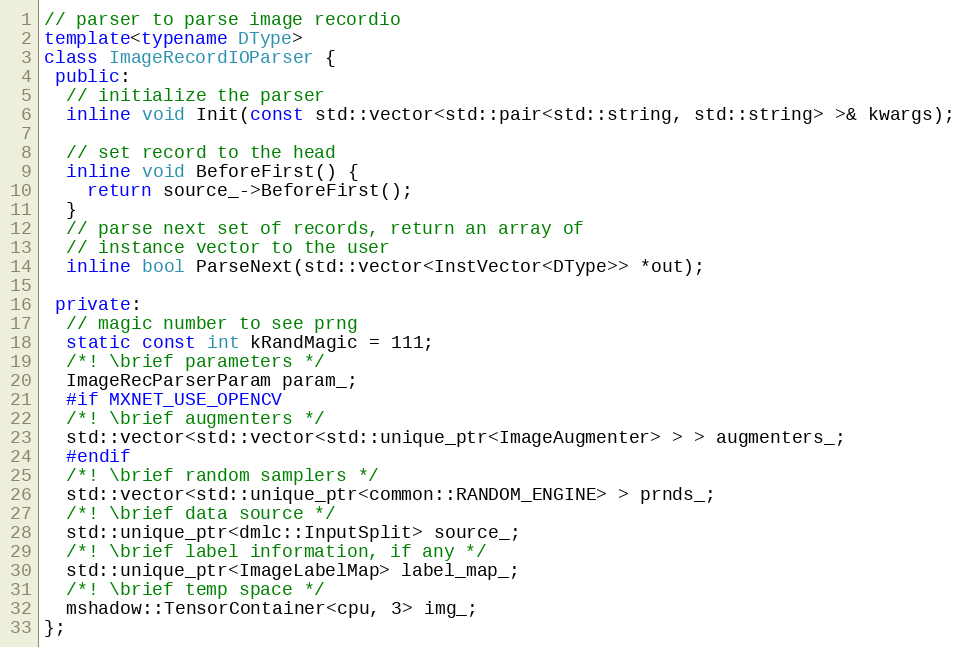
Language: C++
// parser to parse image recordio
template<typename DType>
class ImageRecordIOParser {
 public:
  // initialize the parser
  inline void Init(const std::vector<std::pair<std::string, std::string> >& kwargs);

  // set record to the head
  inline void BeforeFirst() {
    return source_->BeforeFirst();
  }
  // parse next set of records, return an array of
  // instance vector to the user
  inline bool ParseNext(std::vector<InstVector<DType>> *out);

 private:
  // magic number to see prng
  static const int kRandMagic = 111;
  /*! \brief parameters */
  ImageRecParserParam param_;
  #if MXNET_USE_OPENCV
  /*! \brief augmenters */
  std::vector<std::vector<std::unique_ptr<ImageAugmenter> > > augmenters_;
  #endif
  /*! \brief random samplers */
  std::vector<std::unique_ptr<common::RANDOM_ENGINE> > prnds_;
  /*! \brief data source */
  std::unique_ptr<dmlc::InputSplit> source_;
  /*! \brief label information, if any */
  std::unique_ptr<ImageLabelMap> label_map_;
  /*! \brief temp space */
  mshadow::TensorContainer<cpu, 3> img_;
};